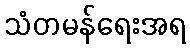
သံတမန်ရေးအရ